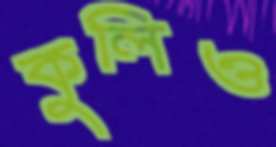
কুলিও